Black-water fever - Number 35
Disease focus: Fever
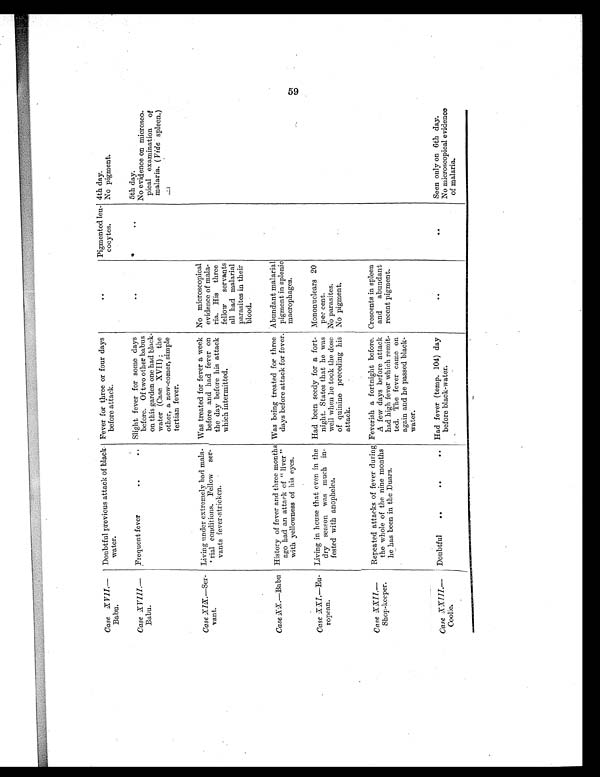
Case XVII.—
Babu.
Doubtful previous attack of black
water.
Fever for three or four days
before attack.
. .
Pigmented leu-
cocytes.
4th day.
No pigment.
Case XVIII.—
Babu.
Frequent fever
..
.. Slight fever for some days
before. Of two other babus
on this garden one had black-
water (Case XVII); the
other, a new-comer, simple
tertian fever.
..
. .
5th day.
No evidence on microsco-
pical examination of
malaria. ( Vide spleen.
)
Case XIX.—Ser-
vant.
Living under extremely bad mala-
rial conditions. Fellow ser-
vants fever-stricken.
Was treated for fever a week
before and had fever on
the day before his attack
which intermitted.
No microscopical
evidence of mala-
ria. His three
fellow servants
all had malarial
parasites in their
blood.
Case XX.—Babu History of fever and three months
ago had an attack of "liver"
with yellowness of his eyes.
Was being treated for three
days before attack for fever.
Abundant malarial
pigment in splenic
macrophages.
Case XXI.—Eu-
ropean.
Living in house that even in the
dry season was much in-
fested with anopheles.
Had been seedy for a fort-
night. States that he was
well when he took the dose
of quinine preceding his
attack.
Mononuclears 20
per cent.
No parasites.
No pigment.
. .
Case XXII.—
Shop-keeper.
Repeated attacks of fever during
the whole of the nine months
he has been in the Duars.
Feverish a fortnight before.
A few days before attack
had high fever which remit-
ted. The fever came on
again and he passed black-
water.
Crescents in spleen
and abundant
recent pigment.
Case XXIII.—
Coolie.
Doubtful
. .
. .
.. Had fever (temp. 104) day
before black-water.
. .
. . Seen only on 6th day.
No microscopical evidence
of malaria.
59